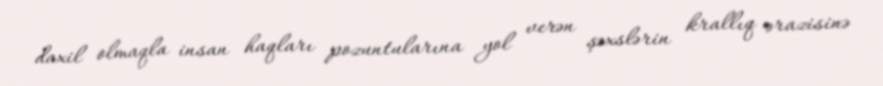
daxil olmaqla insan haqları pozuntularına yol verən şəxslərin krallıq ərazisinə